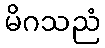
မိဂသညံ